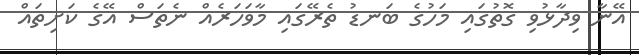
އޭނާ ވިދާޅުވި ގޮތުގައި މަހުގެ ބަނޑު ތެރޭގައި މާވަހަރެއް ނެތަސް އޭގެ ކަށިތައް